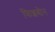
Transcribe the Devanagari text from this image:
फिशबोन